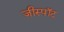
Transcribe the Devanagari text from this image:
जीस्पॉट